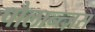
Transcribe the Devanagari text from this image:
पौलान्त्ज़स